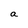
Character: a